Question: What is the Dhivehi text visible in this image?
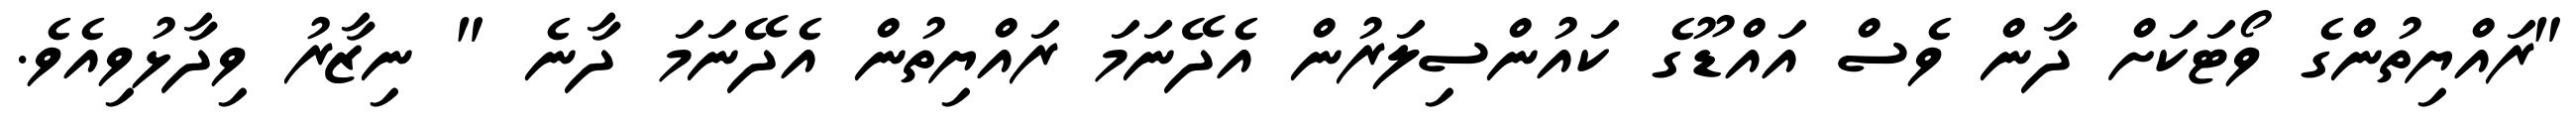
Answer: "ރައްޔިތުންގެ ވޯޓަކަށް ދާން ވެސް އައްޑޫގެ ކައުންސިލަރުން އެދޭނަމަ ރައްޔިތުން އެދޭނަމަ ދާނެ " ނިޒާރު ވިދާޅުވިއެވެ.